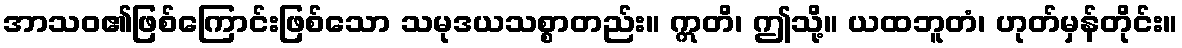
အာသဝ၏ဖြစ်ကြောင်းဖြစ်သော သမုဒယသစ္စာတည်း။ ဣတိ၊ ဤသို့။ ယထဘူတံ၊ ဟုတ်မှန်တိုင်း။